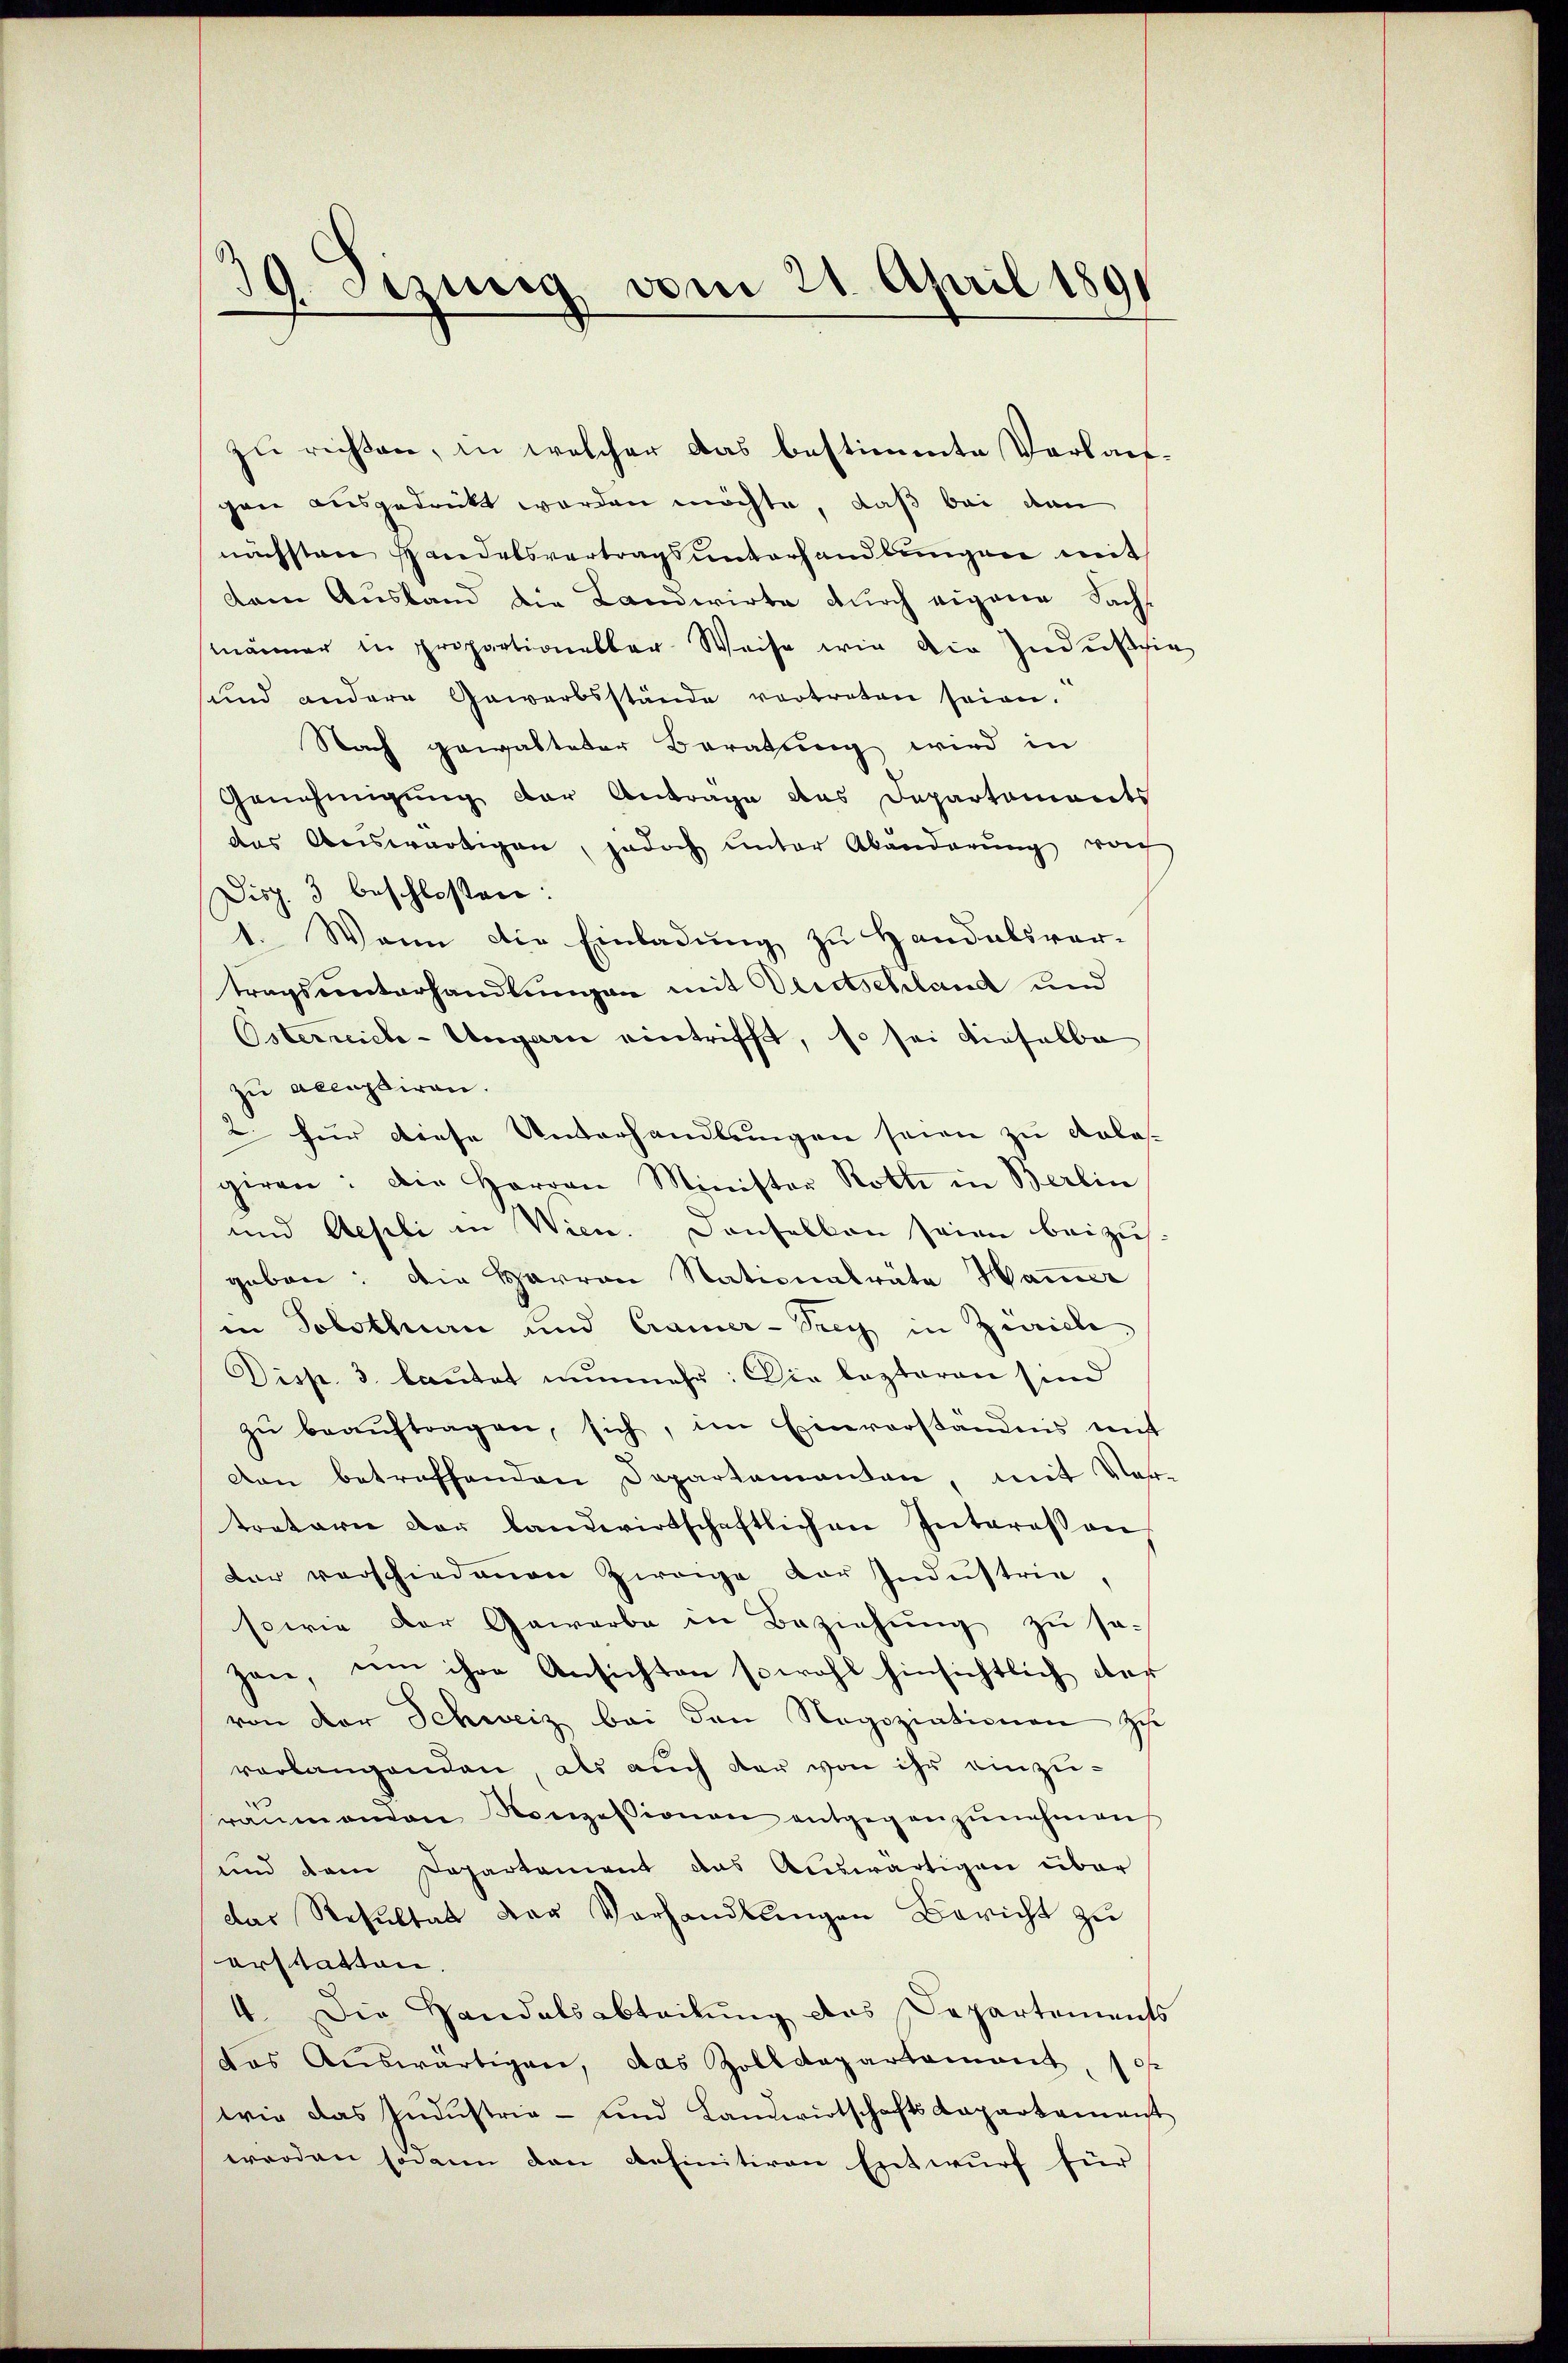
19. Sitzung vom 21. April 1891

zu richten, in welcher das bestimmte Verlaufgene ausgedrückt worden möchte, daß bei den
nächsten Handelsvertrags unterhandlungen mit
dem Ausland die Landwirte durch eigene Sachs
männer in proportioneller Weise wir die Induschie
sund andere Gewerbsstände vertreten seien.
Nach gewalteter Beratung wird in
Genehmigung der Antrage des Departements
das Auswärtigen, jedoch unter Abänderŭng woh
Disp. 3 beschlossen:
1. Wann die Einladung zu Handalsver-
tragsunterhandlungen mit Deutschland und
Osterreich-Ungarn eintrifft, so sei dieselbe
zu accessiren.
2. für diese Unterhandlungen seien zu erlasgiren: Die Herren Minister Rothe in Berlin
und Aesli in Wien. Denselben seien beizus
geben: Die Harran Nationalräte Hammer
in Solothurn und Cramer-Trey in Zürich
Disp. 3 lautet nunmehr: Die lezteren sind
zŭ beaŭftragen, sich, im Einverständnis mit
Den betreffenden Departamanten mit Ver-
tretern der landwirtschaftlichen Interessen
der verschiedenen Zweige vor Industrie,
sowie der Gewerbe in Beziehung zu sa-
zai um ihre Ansichten sowohl hinsichtlich dar
von der Schweiz bei den Negoziationen Schr
verlangenden, als auch der von ihr einzuräŭmenden Konzessionen entgegenzŭnehmen
und dem Departement das Auswärtigen über
das Resultat der Vorhandlungen Bericht zu
erstatten.
4. Die Handelsabteilung des Departements
das Aŭswärtigen, das Zolldepartement, 10
wie das Industrie- und Landwirtschafts-Kapartament
werden sodann den definitiven Entwŭrf für